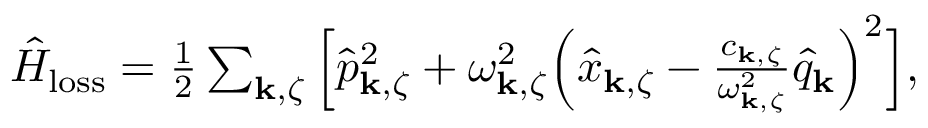
\begin{array} { r } { \hat { H } _ { \mathrm { l o s s } } = \frac { 1 } { 2 } \sum _ { { \bf k } , \zeta } \Big [ \hat { p } _ { { \bf k } , \zeta } ^ { 2 } + \omega _ { { \bf k } , \zeta } ^ { 2 } \Big ( \hat { x } _ { { \bf k } , \zeta } - \frac { c _ { { \bf k } , \zeta } } { \omega _ { { \bf k } , \zeta } ^ { 2 } } \hat { q } _ { \bf k } \Big ) ^ { 2 } \Big ] , } \end{array}